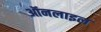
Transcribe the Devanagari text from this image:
ऑनलाइल